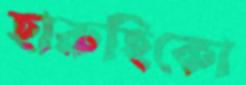
হারুহিকো